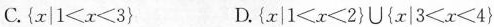
C.$$\left\{x|1<x≤3\right\}$$ D.$$\left\{x | 1<x<2\right\} \cup\{x | 3<x<4\right\}$$